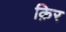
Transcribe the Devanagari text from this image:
क़िर